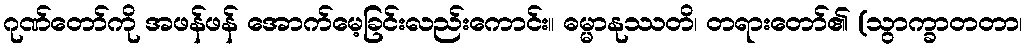
ဂုဏ်တော်ကို အဖန်ဖန် အောက်မေ့ခြင်းလည်းကောင်း။ ဓမ္မာနုဿတိ၊ တရားတော်၏ (သွာက္ခာတတာ၊